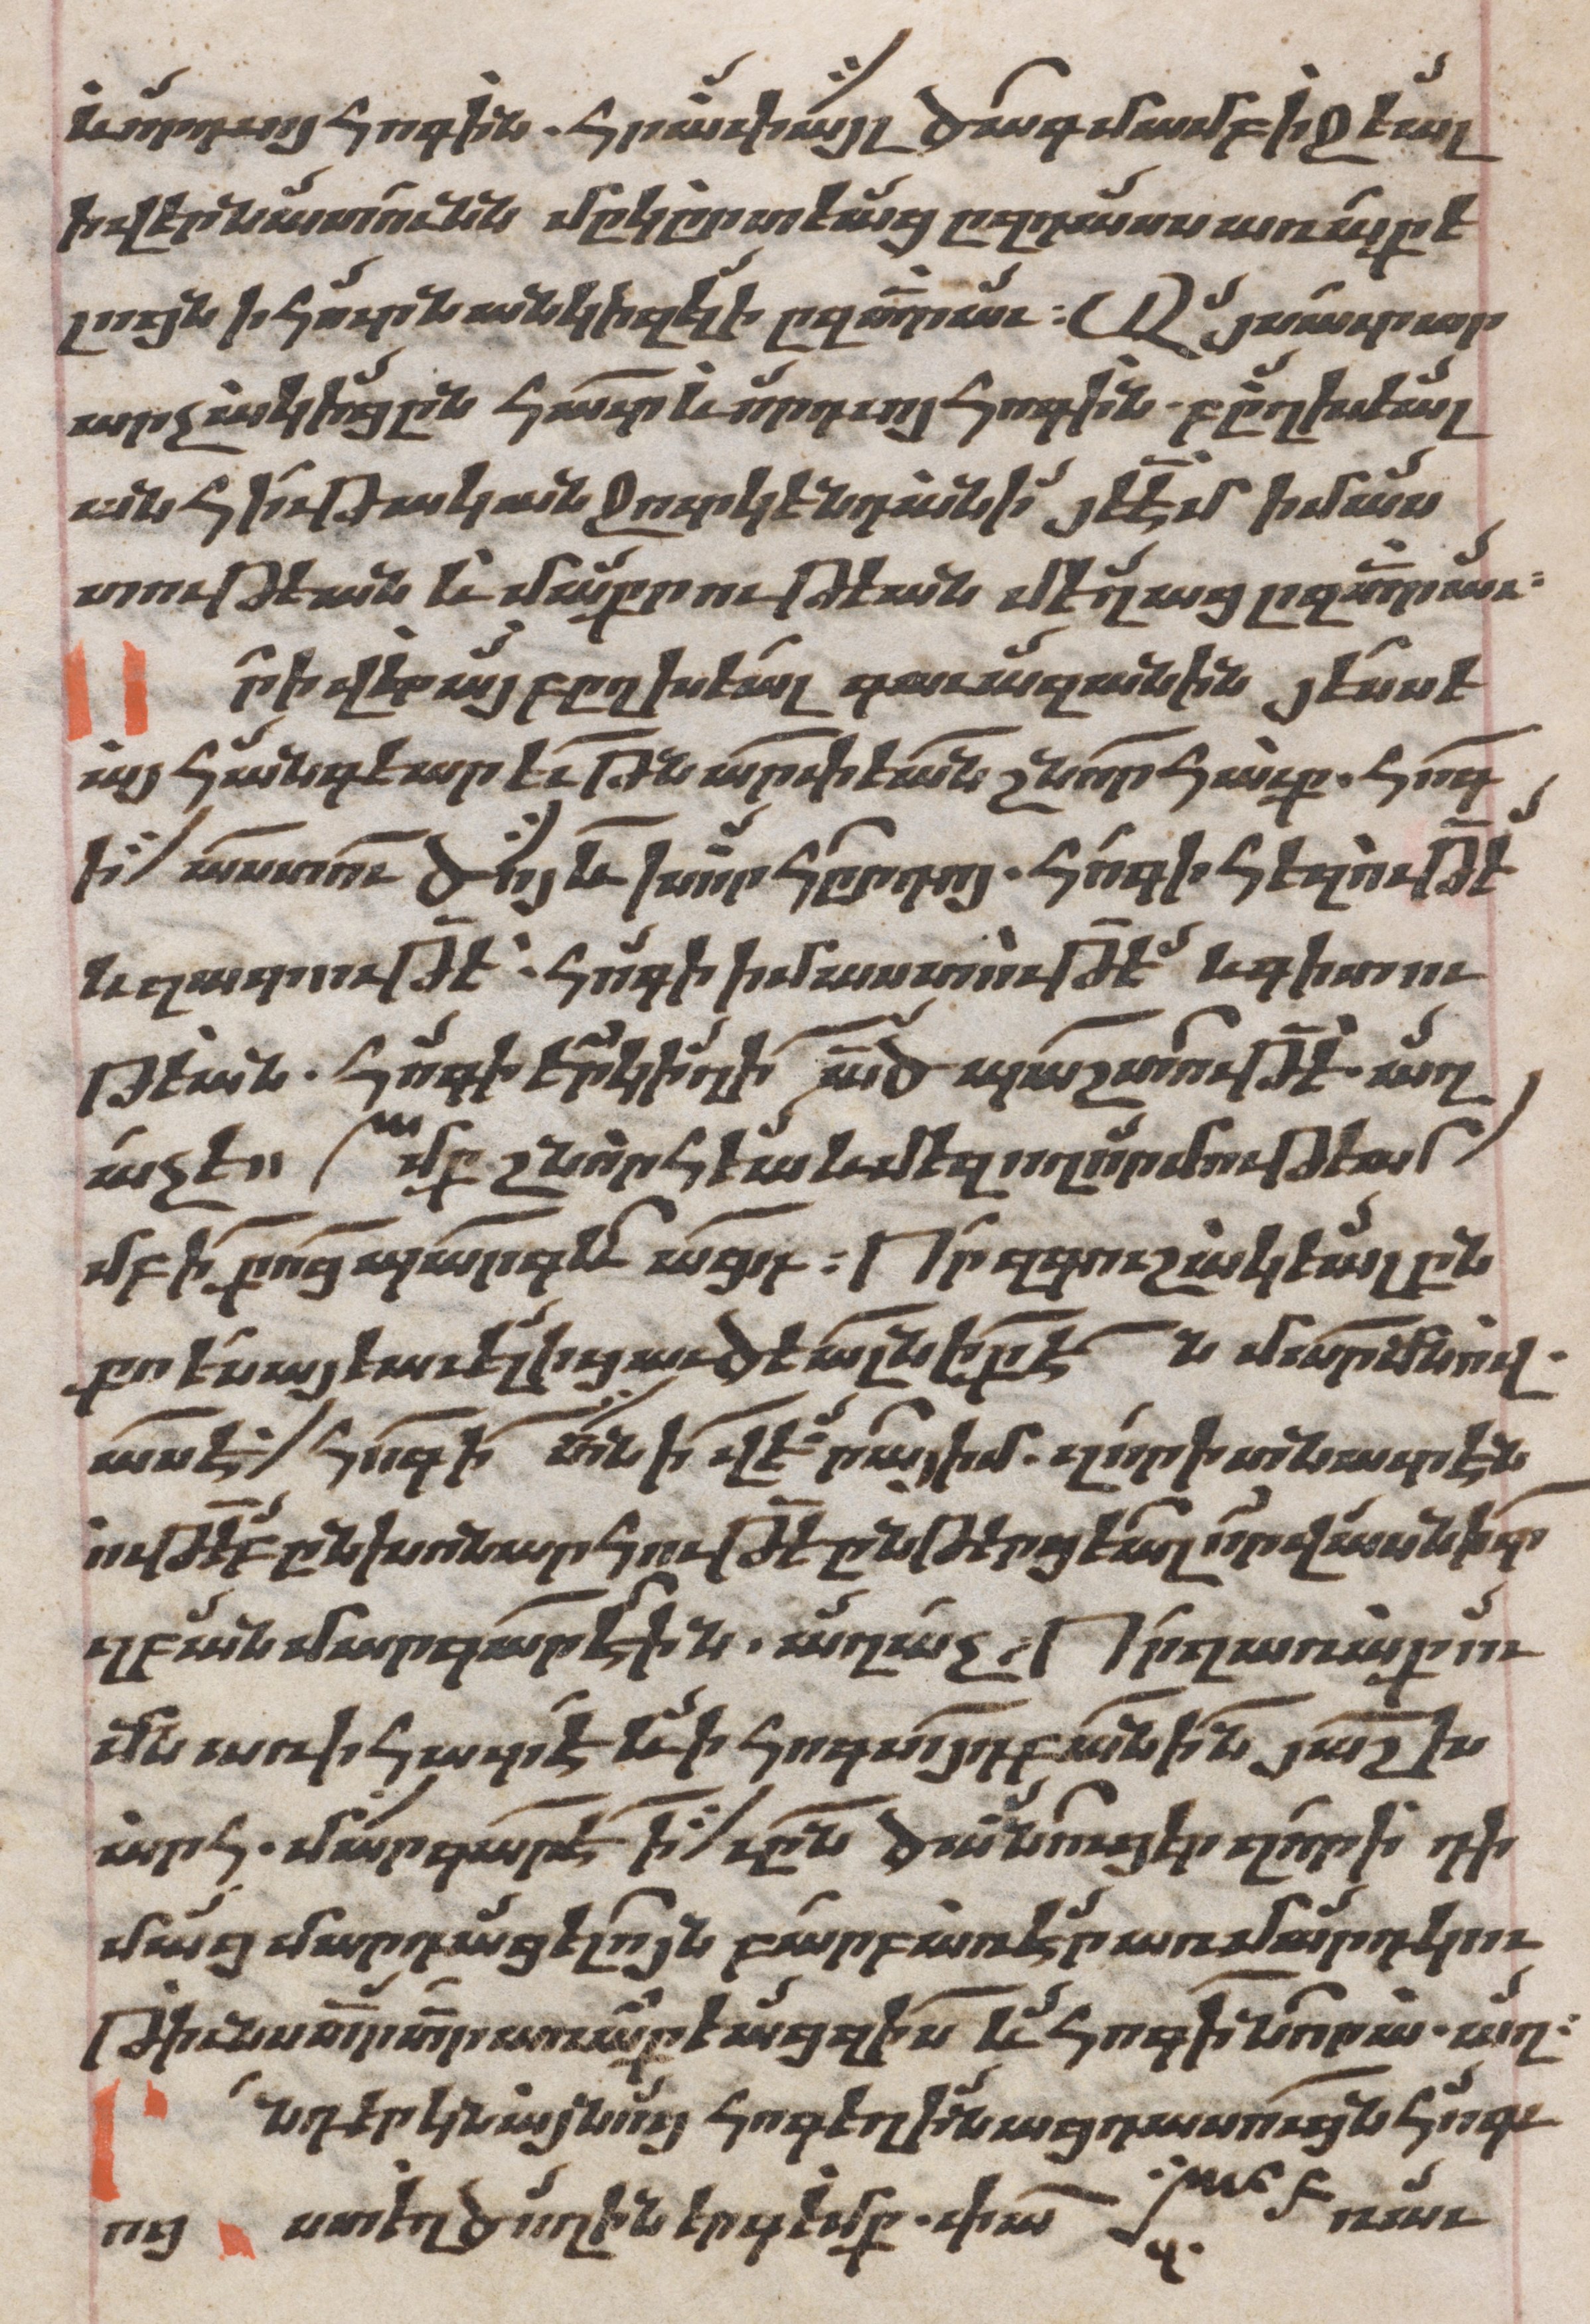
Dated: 1662–1662